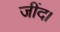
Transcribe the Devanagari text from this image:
जींद।